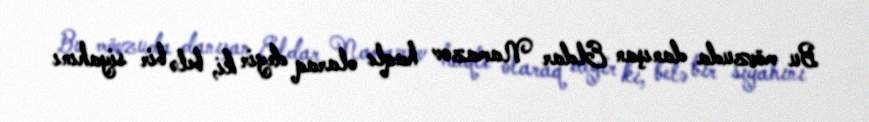
Bu mövzuda danışan Eldar Namazov haqlı olaraq deyir ki, belə bir siyahını